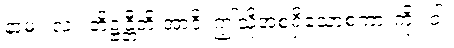
နာမ။ လ။ တိဋ္ဌန္တီတိ အာဒိ၊ ဤသို့အစရှိသောစကားကို။ ဝါ၊